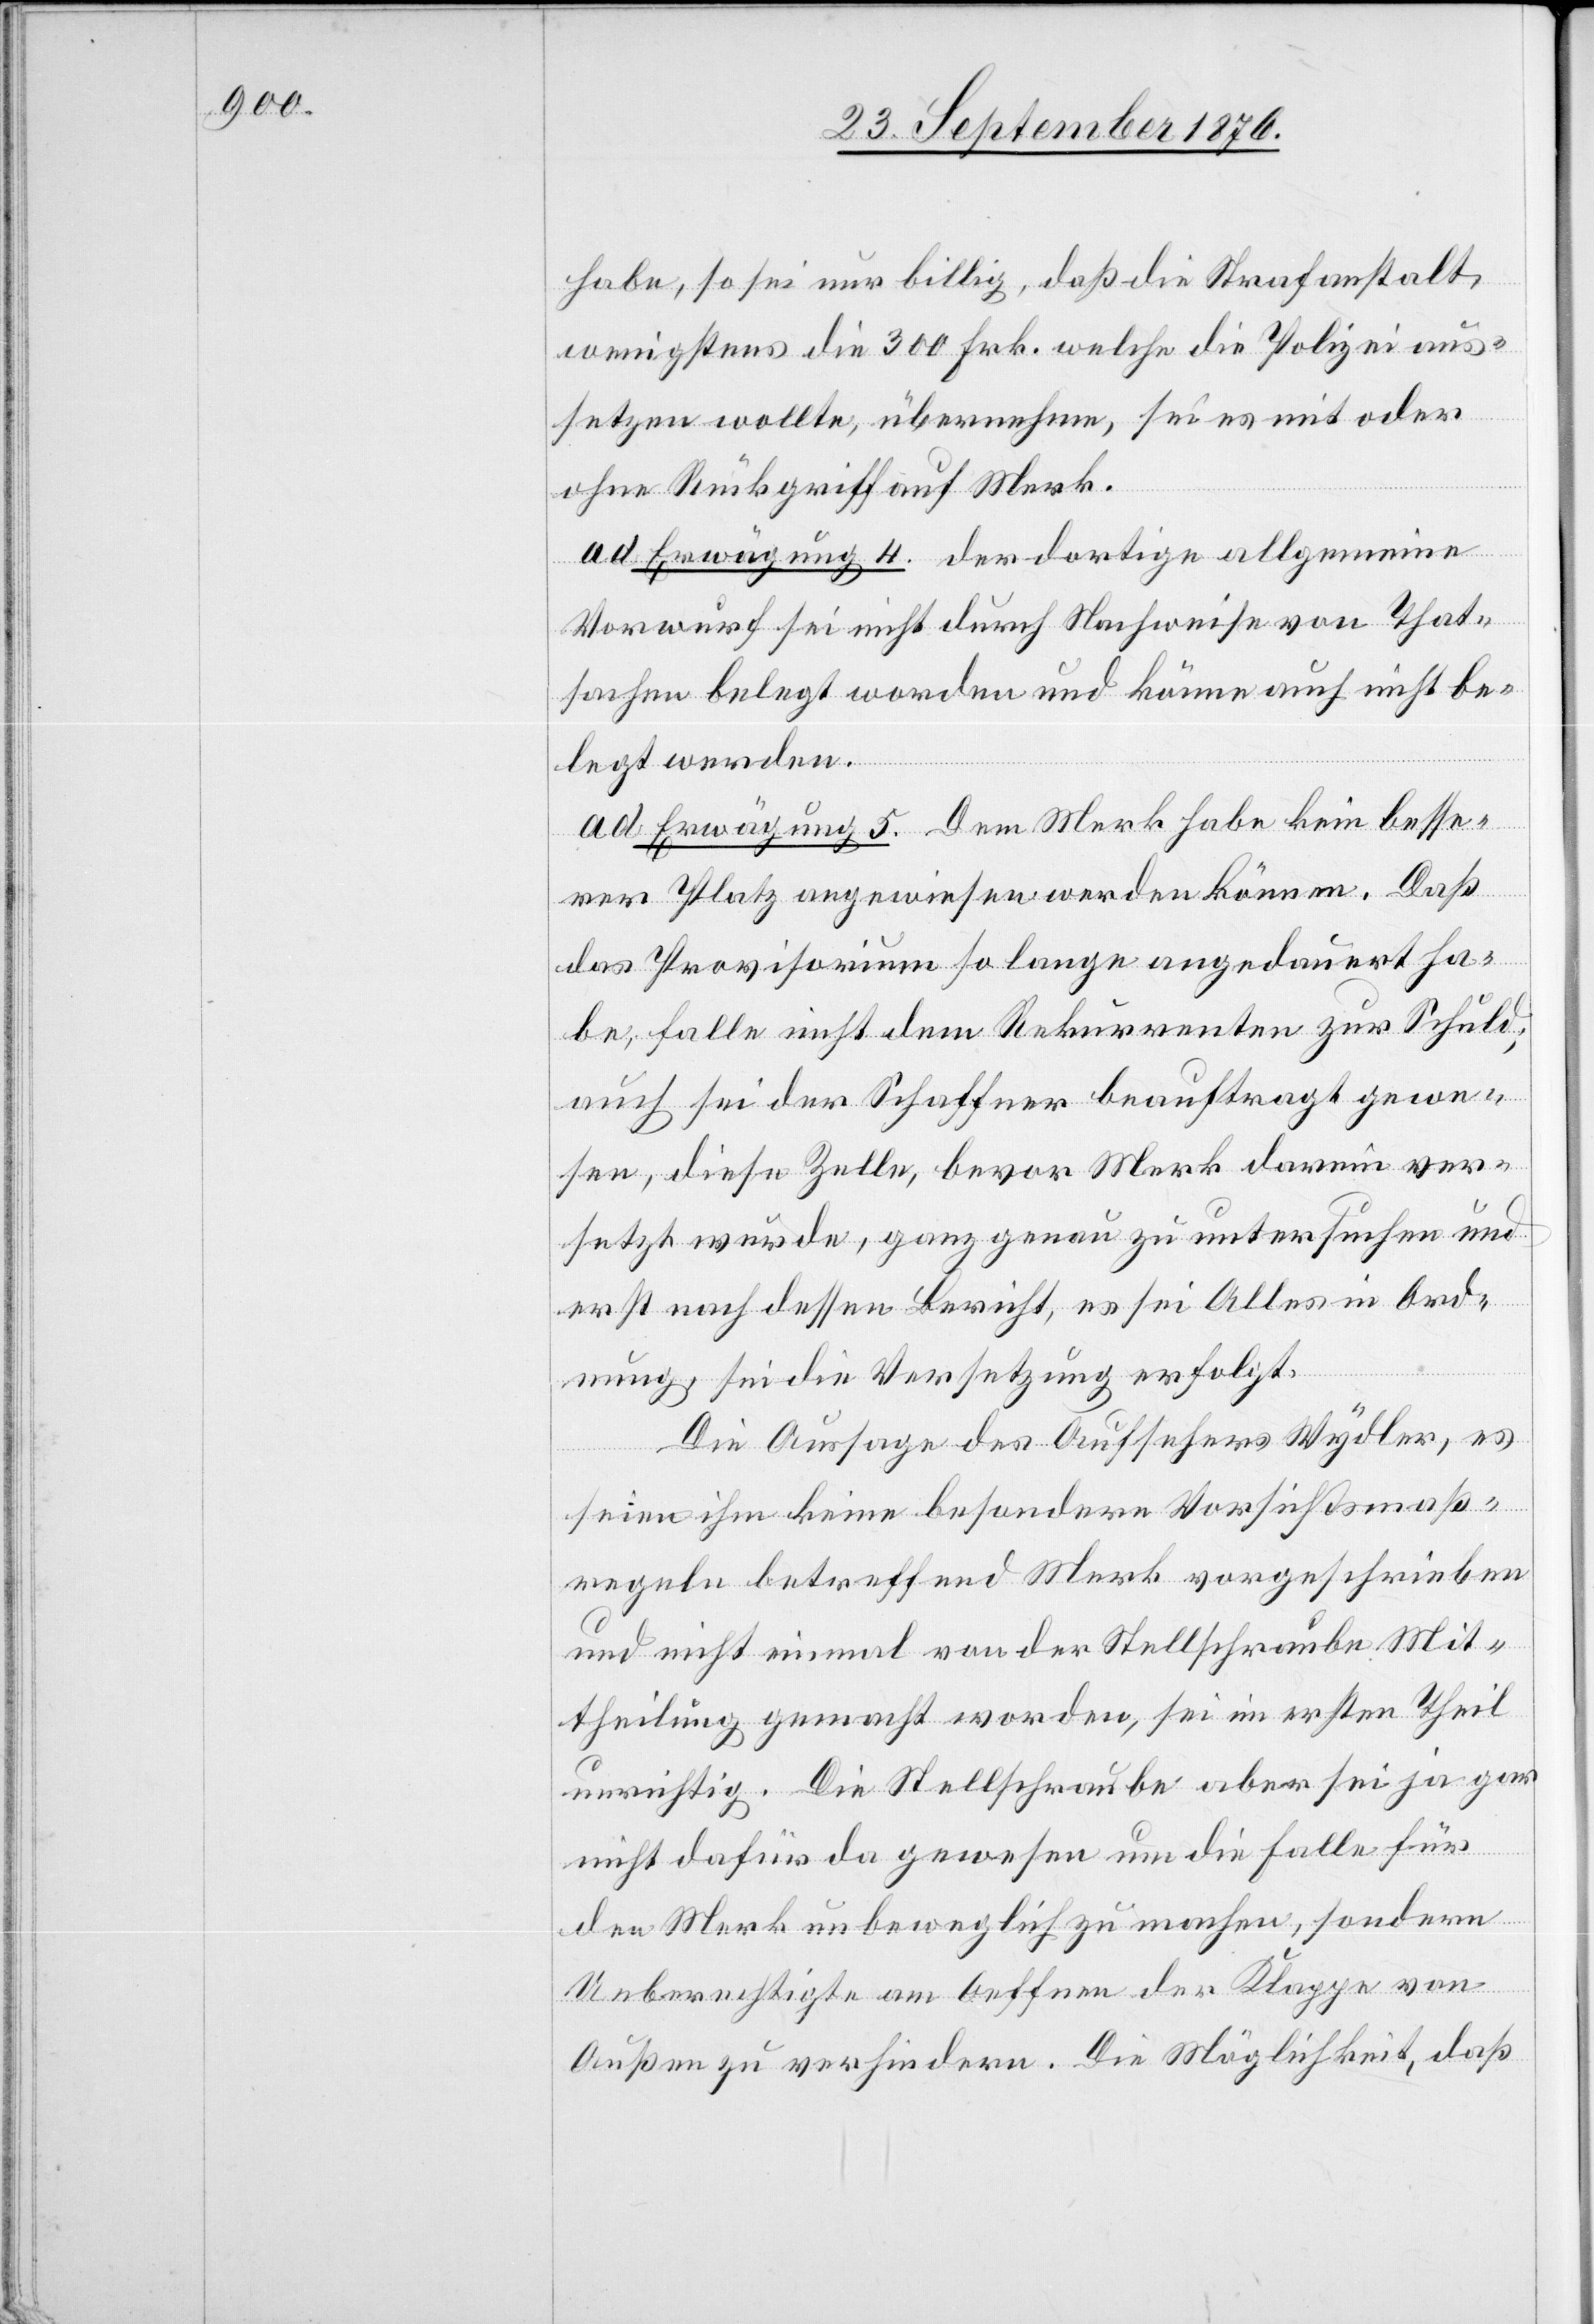
habe, so sei nur billig, daß die Strafanstalt,
wenigstens die 300 Frk. welche die Polizei aus¬
setzen wollte, übernehme, sei es mit oder
ohne Rückgriff auf Merk.
d. Erwägung 4. der dortige allgemeine
Vorwurf sei nicht durch Nachweise von That¬
sachen belegt worden und könne auch nicht be¬
legt werden.
a. d. Erwägung 5. Dem Merk habe kein besse¬
rer Platz angewiesen werden können. Daß
das Provisorium so lange angedauert ha¬
be, falle nicht dem Rekurrenten zur Schuld;
auch sei der Schaffner beauftrag gewe¬
sen, diese Zelle, bevor Merk darin ver¬
setzt wurde, ganz genau zu untersuchen und
erst nach dessen Bericht, es sei Alles in Ord¬
nung, sei die Versetzung erfolgt.
Die Aussage des Aufsehers Wydler, es
seien ihm keine besondere Vorsichtsmaß¬
regeln betreffend Merk vorgeschrieben
und nicht einmal von der Stellschraube Mit¬
theilung gemacht worden, sei im ersten Theil
unrichtig. Die Stellschraube aber sei ja gar
nicht dafür da gewesen um die Falle für
den Merk unbeweglich zu machen, sondern
Unberechtigte am Oeffnen der Klappe von
Außen zu verhindern. Die Möglichkeit, daß